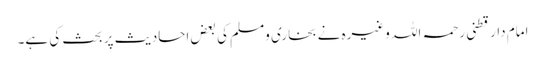
امام دارقطنی رحمہ اللہ وغیرہ نے بخاری ومسلم کی بعض احادیث پر بحث کی ہے۔